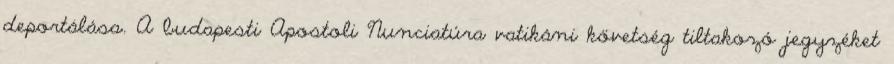
deportálása. A budapesti Apostoli Nunciatúra vatikáni követség tiltakozó jegyzéket